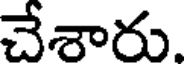
చేశారు.